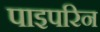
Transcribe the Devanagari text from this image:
पाइपरिन